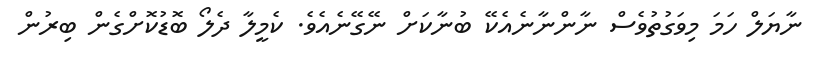
ނާޔަލް ހަމަ މިވަގުތުވެސް ނާންނާނެއެކޭ ބުނާކަށް ނޭގޭނެއެވެ. ކެމީލާ ދެލޯ ބޮޑުކޮށްގެން ބިރުން